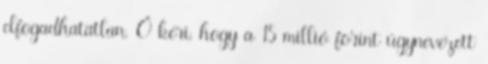
elfogadhatatlan. Ő kéri, hogy a 15 millió forint úgynevezett